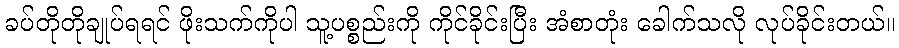
ခပ်တိုတိုချုပ်ရရင် ဖိုးသက်ကိုပါ သူ့ပစ္စည်းကို ကိုင်ခိုင်းပြီး အံစာတုံး ခေါက်သလို လုပ်ခိုင်းတယ်။